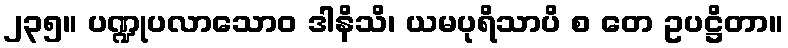
၂၃၅။ ပဏ္ဍုပလာသောဝ ဒါနိသိ၊ ယမပုရိသာပိ စ တေ ဥပဋ္ဌိတာ။